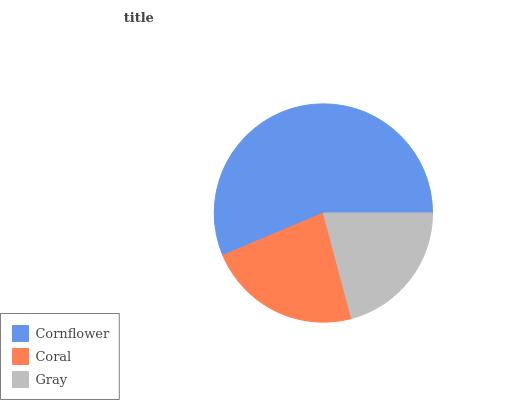
| Cornflower | Coral | Gray |
 | --- | --- | --- |
 | 56.4% | 22.8% | 20.9% |